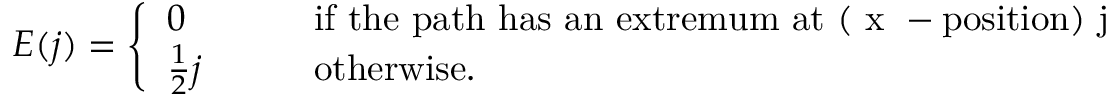
E ( j ) = \left\{ \begin{array} { l l } { { 0 } } & { { \mathrm { i f ~ t h e ~ p a t h ~ h a s ~ a n ~ e x t r e m u m ~ a t ~ ( ~ x ~ - p o s i t i o n ) ~ j ~ } } } \\ { { \frac { 1 } { 2 } j \qquad } } & { { \mathrm { o t h e r w i s e . } } } \end{array} \right.